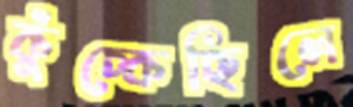
কুঁচ্‌কেছিলে